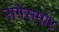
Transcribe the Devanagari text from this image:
रांगेसमोर